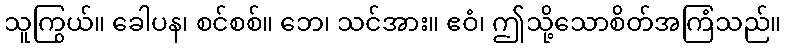
သူကြွယ်။ ခေါပန၊ စင်စစ်။ ဘေ၊ သင်အား။ ဧဝံ၊ ဤသို့သောစိတ်အကြံသည်။